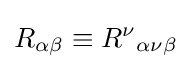
R_{\alpha \beta }\equiv {R^{\nu }}_{\alpha \nu \beta }